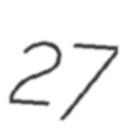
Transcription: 27